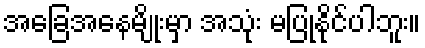
အခြေအနေမျိုးမှာ အသုံး မပြုနိုင်ပါဘူး။